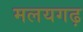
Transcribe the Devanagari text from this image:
मलयगढ़